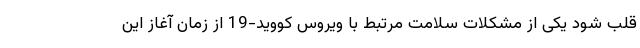
قلب شود یکی از مشکلات سلامت مرتبط با ویروس کووید-19 از زمان آغاز این